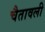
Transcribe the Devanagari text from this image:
चैतावली